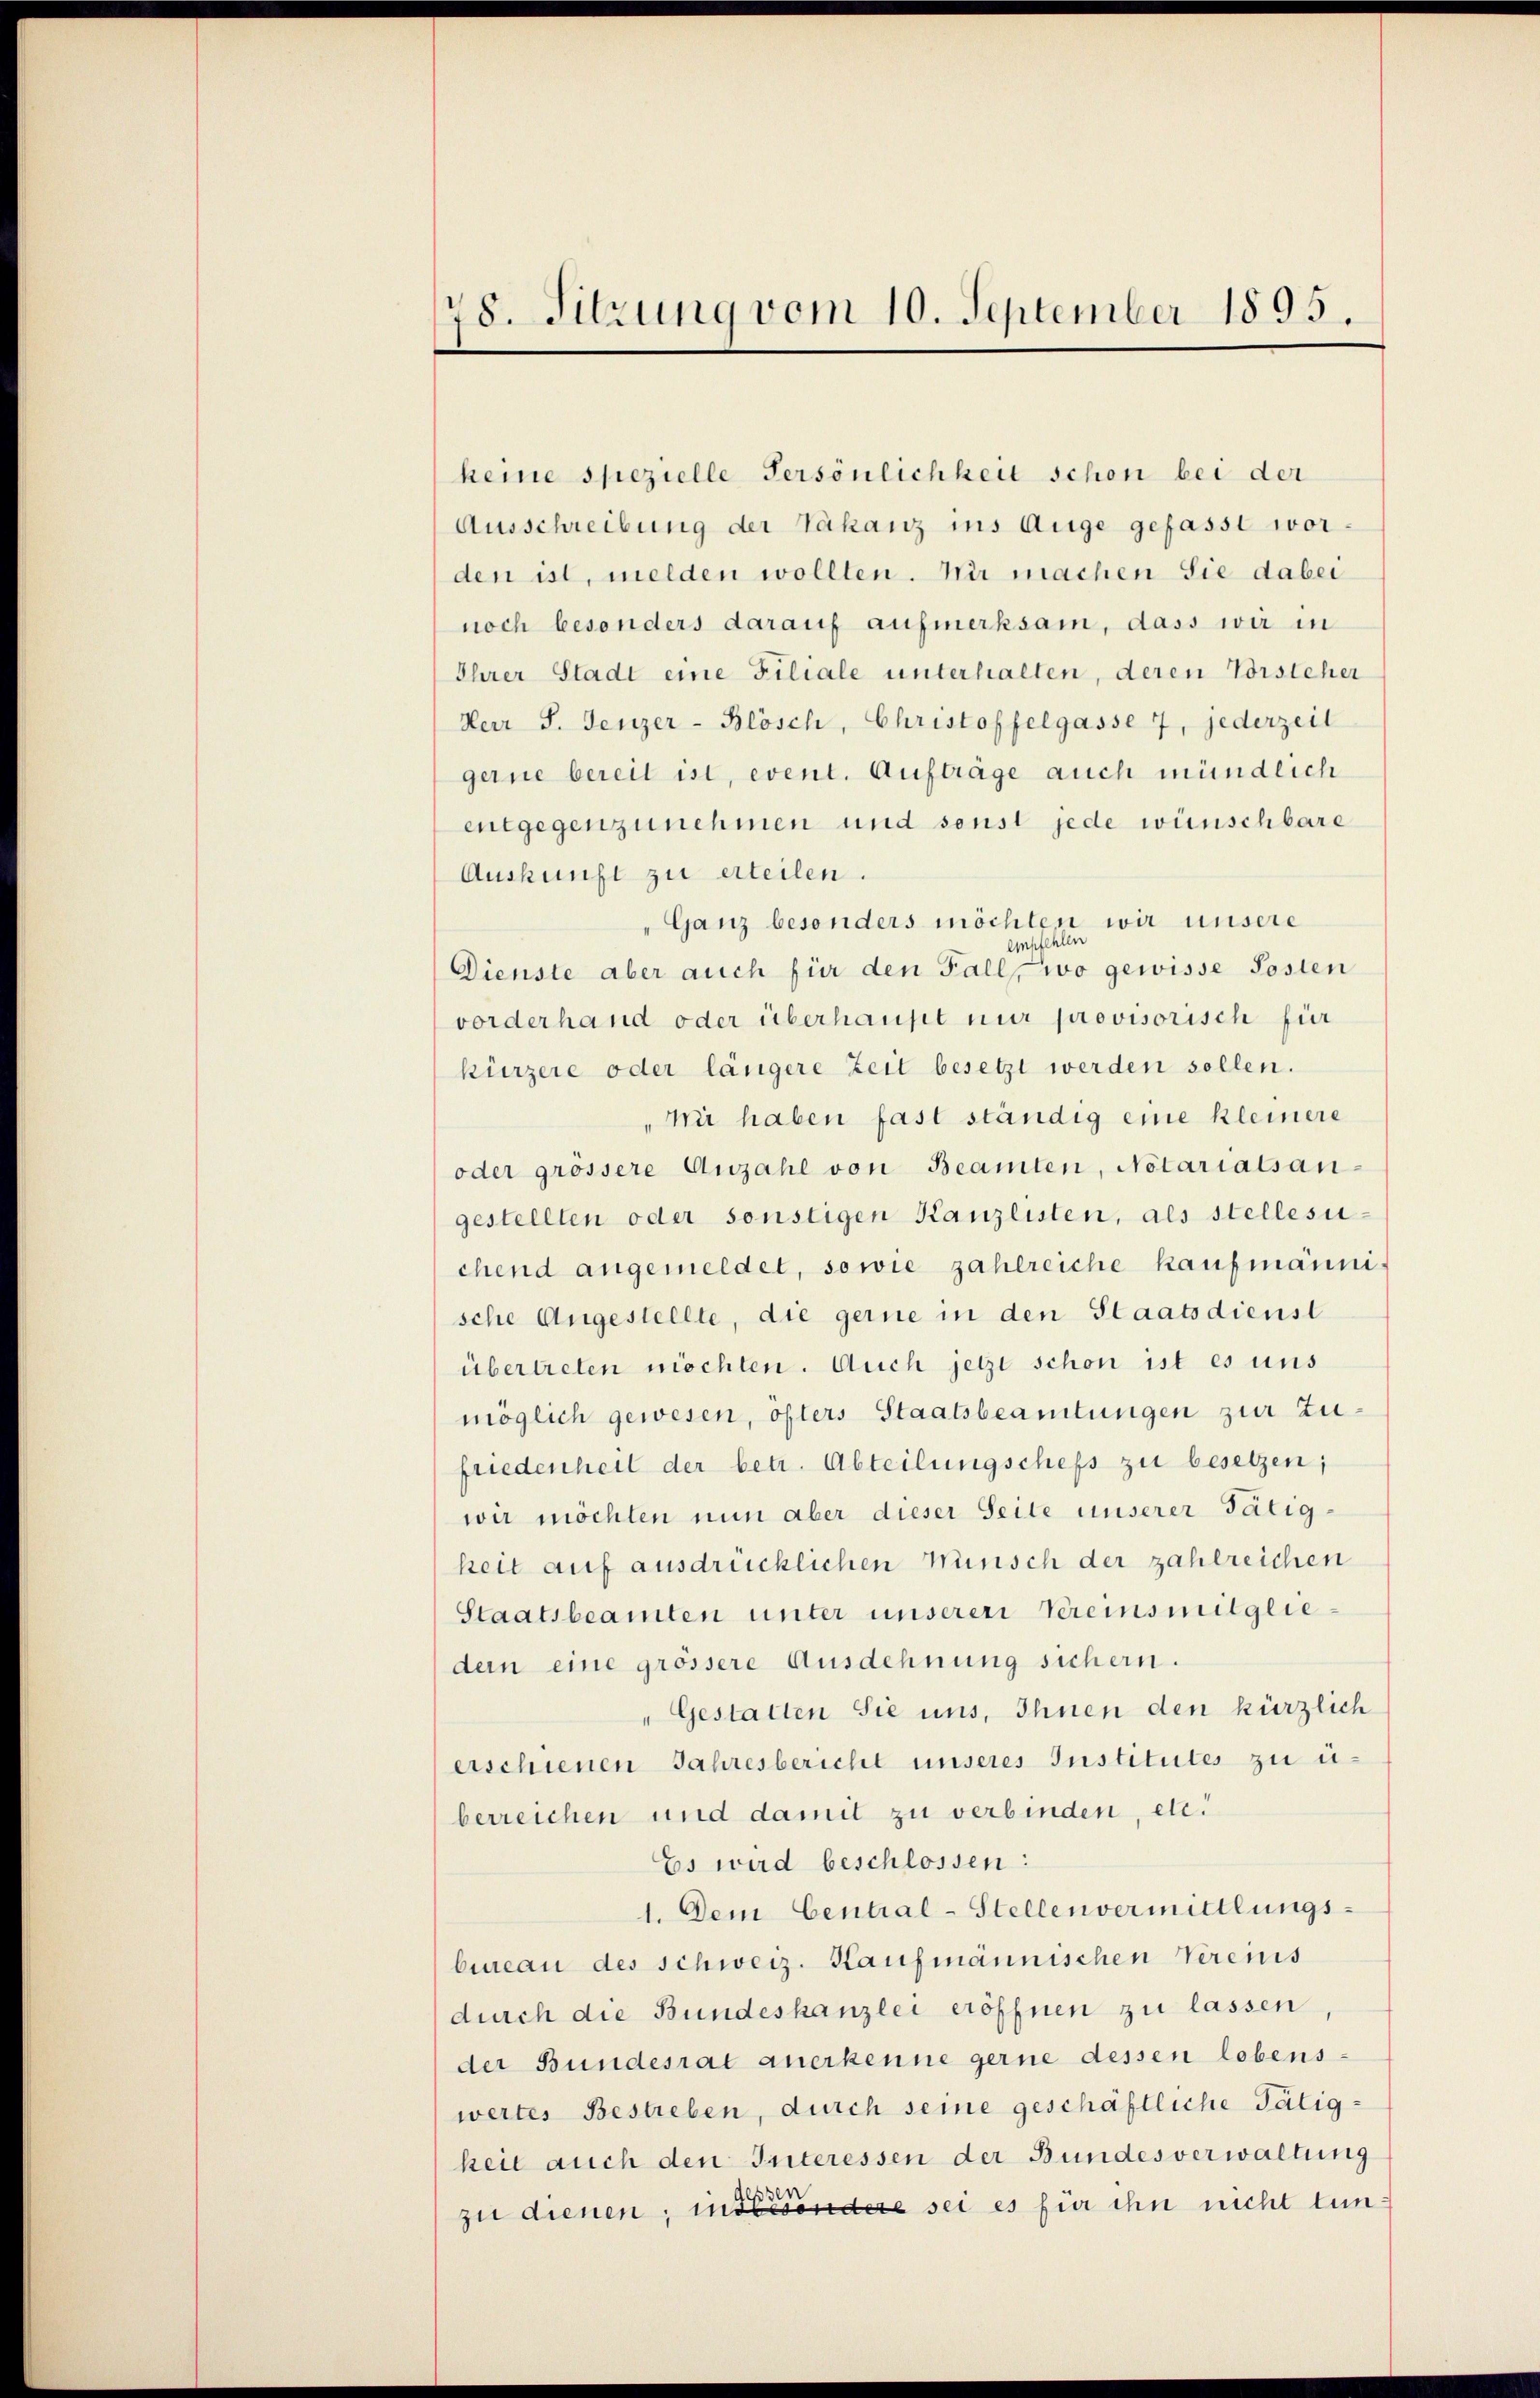
78. Sitzung vom 10. September 1895.

keine spezielle Persönlichkeit schon bei der
Ausschreibung der Vakanz ins Auge gefasst worden ist, melden wollten. Wir machen Sie dabei
noch besonders darauf aufmerksam, dass wir in
Ihrer Stadt eine Filiale unterhalten, deren Vorsteher
Herr S. Jenzer-Blösch, Christoffelgasse 7, jederzeit
gerne bereit ist, event. Aufträge auch mündlich
entgegenzunehmen und sonst jede wünschbare
Auskunft zu erteilen.
„Ganz besonders möchten wir unsere
dle
emschl
Dienste aber auch für den Fall, wo gewisse Posten
vorderhand oder überhaupt nur provisorisch für
kürzere oder längere Zeit besetzt werden sollen.
ni haben fast ständig eine kleinere
oder grossere Anzahl von Beamten, Notariatsangestellten oder sonstigen Kanzlisten, als stellesichend angemeldet, sowie zahlreiche Kaufmännische Angestellte, die gerne in den Staatsdienst
übertreten möchten. Auch jetzt schon ist es uns
möglich gewesen, öfters Staatsbeamtungen zur Zufriedenheit der betr. Abteilungschefs zu besetzen;
wir möchten nun aber dieser Seite unserer Tätigheit auf ausdrücklichen Wünsch der zahlreichen
Staatsbeamten unter unserer Vereinsmitgliedem eine grössere Ausdehnung sichern.
"Gestatten Sie uns, Ihnen den kürzlich
erschienen Jahresbericht unseres Institutes zu überreichen und damit zu verbinden, etc.
Es wird beschlossen:
1. Dem Central-Stellenvermittlungs-
bureau des schweiz. Kaufmännischen Vereins
durch die Bundeskanzlei eröffnen zu lassen,
der Bundesrat anerkenne gerne dessen lobens
wertes Bestreben, durch seine geschäftliche Tätigheit auch den Interessen der Bundesverwaltung
W
zu dienen; insbesondere sei es für ihn nicht tun